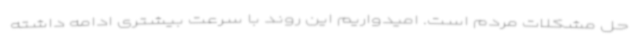
حل مشکلات مردم است. امیدواریم این روند با سرعت بیشتری ادامه داشته